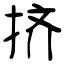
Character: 挤